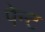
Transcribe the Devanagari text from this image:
पेन्‍ट